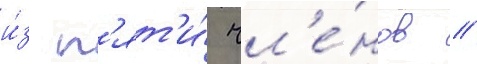
и́з п'ят'и́ чл'е́нов //